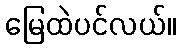
မြေထဲပင်လယ်။